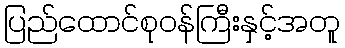
ပြည်ထောင်စုဝန်ကြီးနှင့်အတူ